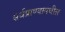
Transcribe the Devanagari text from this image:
सर्वप्राण्यामधील